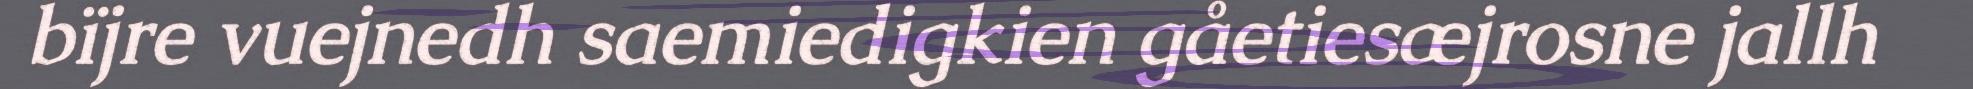
bïjre vuejnedh saemiedigkien gåetiesæjrosne jallh